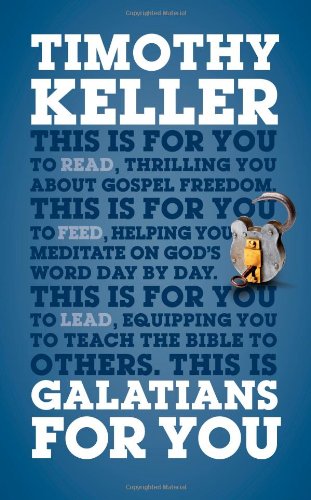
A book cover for Galatians for You: For Reading, for Feeding, for Leading (God's Word for You); Timothy Keller; Christian Books & Bibles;